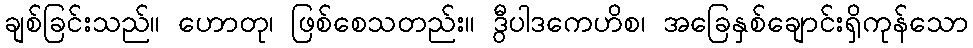
ချစ်ခြင်းသည်။ ဟောတု၊ ဖြစ်စေသတည်း။ ဒွီပါဒကေဟိစ၊ အခြေနှစ်ချောင်းရှိကုန်သော